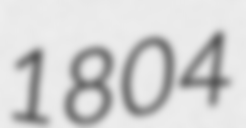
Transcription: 1804